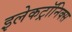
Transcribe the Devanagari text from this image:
इलेकट्रॉनिक्स